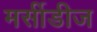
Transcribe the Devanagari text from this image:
मर्सीडीज